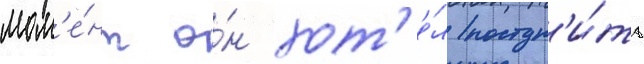
мом'е́нт о́н хот'е́л поступ'и́ть